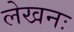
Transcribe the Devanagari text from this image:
लेखनः